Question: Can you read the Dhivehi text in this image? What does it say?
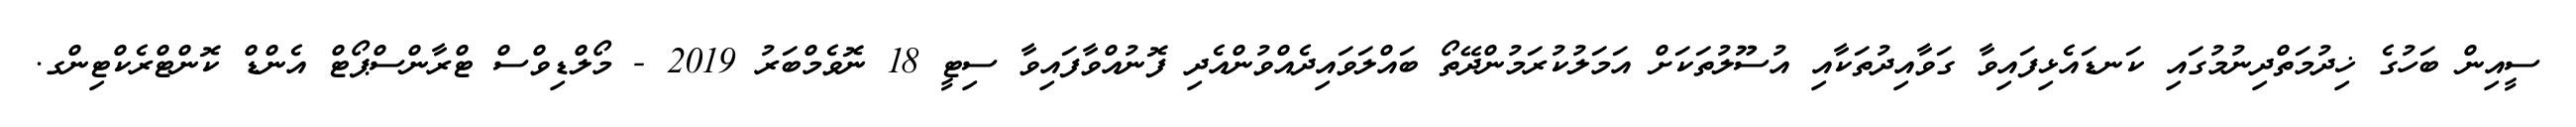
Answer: ސީއިން ބަހުގެ ޚިދުމަތްދިނުމުގައި ކަނޑައެޅިފައިވާ ގަވާއިދުތަކާއި އުސޫލުތަކަށް އަމަލުކުރަމުންދޭތޯ ބައްލަވައިދެއްވުންއެދި ފޮނުއްވާފައިވާ ސިޓީ 18 ނޮވެމްބަރު 2019 - މޯލްޑިވްސް ޓްރާންސްޕޯޓް އެންޑް ކޮންޓްރެކްޓިންގ.